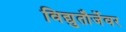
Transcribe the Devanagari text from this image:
विद्युतौर्जेवर